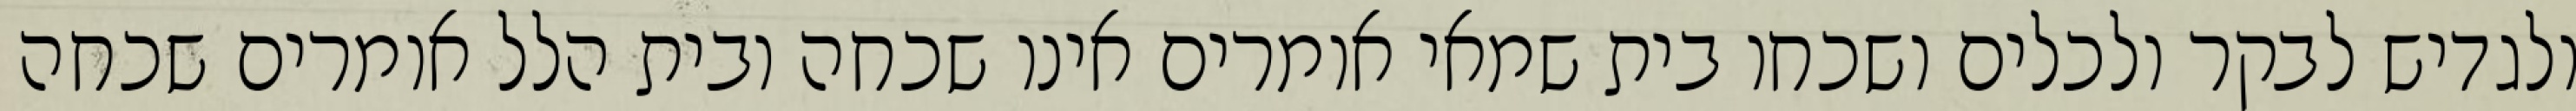
ולגדיש לבקר ולכלים ושכחו בית שמאי אומרים אינו שכחה ובית הלל אומרים שכחה